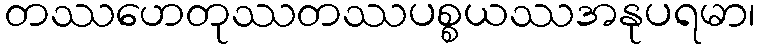
တဿဟေတုဿတဿပစ္စယဿအနုပရမာ၊